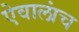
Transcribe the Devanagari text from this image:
ऐवालांच